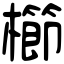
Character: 櫛